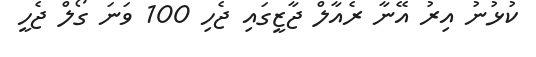
ކުޅުނު އިރު އޭނާ ރެއާލް ޖާޒީގައި ޖެހި 100 ވަނަ ގޯލް ޖެހީ